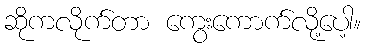
ဆိုကလိုက်တာ ကွေးကောက်လို့ပေါ့။